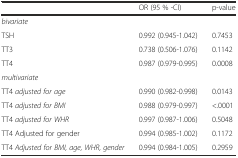
<table><thead><tr><td></td><td><b>OR (95 % -CI)</b></td><td><b>p-value</b></td></tr></thead><tbody><tr><td><i>bivariate</i></td><td></td><td></td></tr><tr><td>TSH</td><td>0.992 (0.945-1.042)</td><td>0.7453</td></tr><tr><td>TT3</td><td>0.738 (0.506-1.076)</td><td>0.1142</td></tr><tr><td>TT4</td><td>0.987 (0.979-0.995)</td><td>0.0008</td></tr><tr><td><i>multivariate</i></td><td></td><td></td></tr><tr><td>TT4 <i>adjusted for age</i></td><td>0.990 (0.982-0.998)</td><td>0.0143</td></tr><tr><td>TT4 <i>adjusted for BMI</i></td><td>0.988 (0.979-0.997)</td><td>&lt;.0001</td></tr><tr><td>TT4 <i>adjusted for WHR</i></td><td>0.997 (0.987-1.006)</td><td>0.5048</td></tr><tr><td>TT4 Adjusted for gender</td><td>0.994 (0.985-1.002)</td><td>0.1172</td></tr><tr><td>TT4<i> Adjusted for BMI, age, WHR, gender</i></td><td>0.994 (0.984-1.005)</td><td>0.2959</td></tr></tbody></table>